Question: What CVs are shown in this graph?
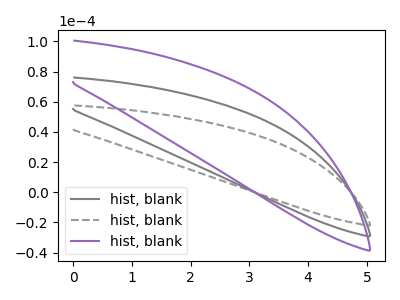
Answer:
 <answer>The gray curve is labeled "hist, blank1". The gray dashed curve is labeled "hist, blank2". The purple curve is labeled "hist, blank3".</answer>
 <eval></eval>